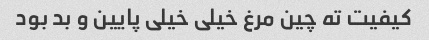
کیفیت ته چین مرغ خیلی خیلی پایین و بد بود